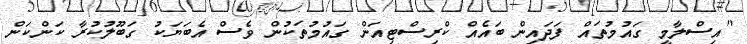
"އިސްލާމީ ގައުމުތައް ފަދައިން ބައެއް ކްރިސްޓިއަން ގައުމުތަކުން ވެސް އެބަޔަކު ގަބޫލުކުރާ ކަންކަން